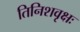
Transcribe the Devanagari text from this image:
तिनिशवृक्षः